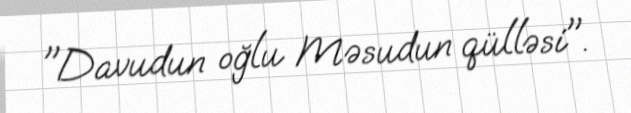
"Davudun oğlu Məsudun qülləsi".